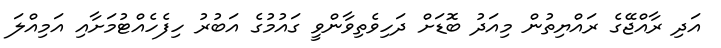
އަދި ރާއްޖޭގެ ރައްޔިތުން މިއަދު ބޮޑަށް ދަހިވެތިވާންވީ ގައުމުގެ އަބުރު ހިފެހެއްޓުމަށާއި އަމިއްލަ